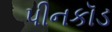
પીનકૉડ